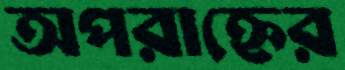
অপরাহ্নের